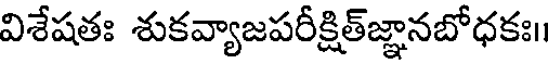
విశేషతః శుకవ్యాజపరీక్షిత్జ్ఞానబోధకః।।